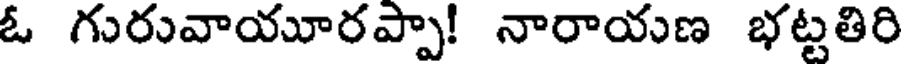
ఓ గురువాయూరప్పా! నారాయణ భట్టతిరి